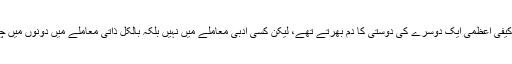
ساحر لدھیانوی اور کیفی اعظمی ایک دوسرے کی دوستی کا دم بھرتے تھے، لیکن کسی ادبی معاملے میں نہیں بلکہ بالکل ذاتی معاملے میں دونوں میں چشمک شروع ہوگئی۔